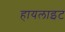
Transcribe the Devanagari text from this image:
हायलाइट